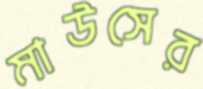
মাউসের